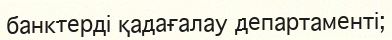
банктерді қадағалау департаменті;